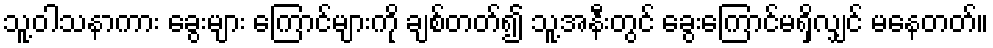
သူ့ဝါသနာကား ခွေးများ ကြောင်များကို ချစ်တတ်၍ သူ့အနီးတွင် ခွေးကြောင်မရှိလျှင် မနေတတ်။